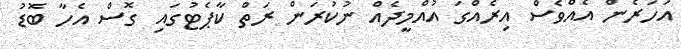
އަހަރެން އެއްވެސް އިރެއްގަ އުއްމީދެއް ނުކުރަން ރަތް ކާޕެޓުގައި ގޮސް އެހާ ބޮޑު